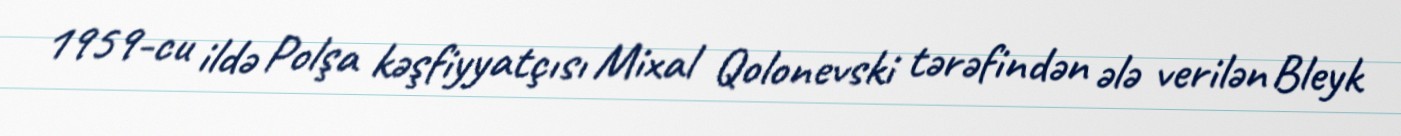
1959-cu ildə Polşa kəşfiyyatçısı Mixal Qolonevski tərəfindən ələ verilən Bleyk